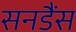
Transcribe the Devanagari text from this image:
सनडैंस